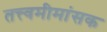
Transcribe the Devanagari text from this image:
तत्त्वमीमांसक